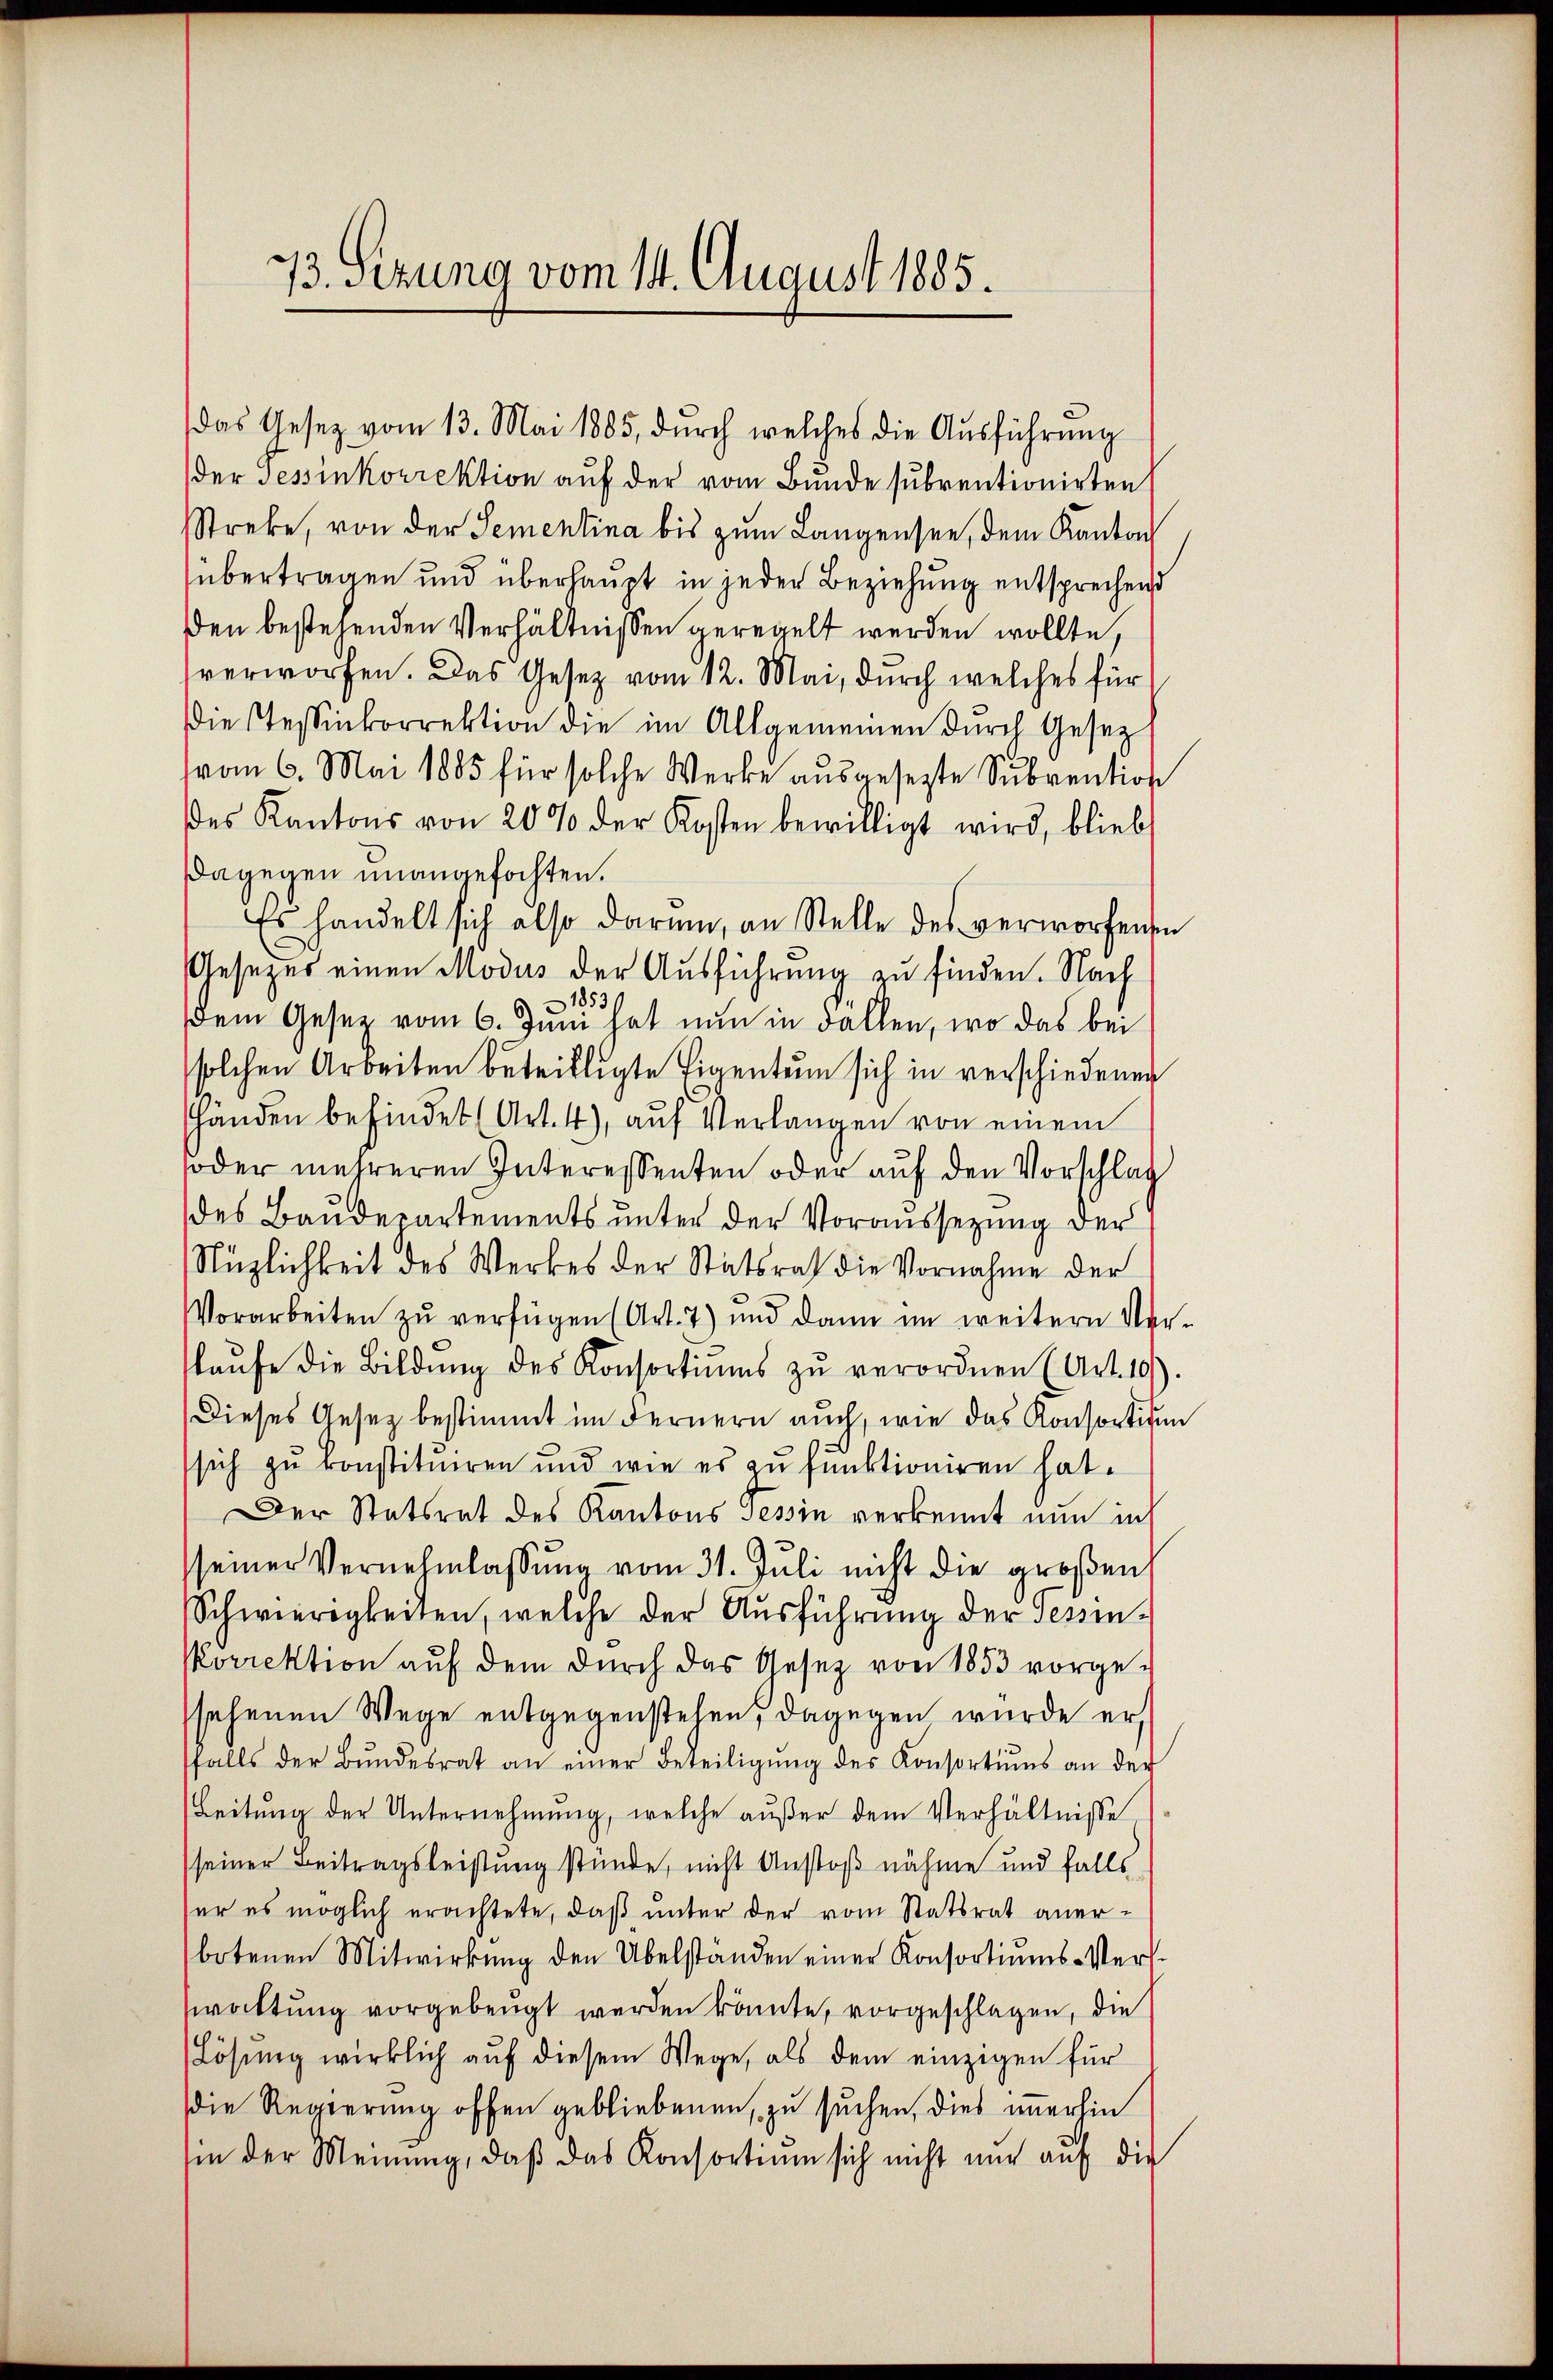
73. sezung vom 14. August 1885.

Das Gesetz vom 13. Mai 1885, durch welches die Aŭsführung
der Tessinkorrektion auf der vom Bunde subventionirten
Streke, von der Sementina bis zum Langensee, dem Kanton
übertragen und überhaupt in jeder Beziehung entsprechend
Den bestehenden Verhältnissen geregelt werden wollte,
verworfen. Das Gesetz vom 12. Mai, durch welches für
Diesessinkorrektion die im Allgemeinen durch Gesez
vom 6. Mai 1885 für solche Werke ausgesezte Subvention
des Kantons von 20% der Kosten bewilligt wird, blieb
Dagegen unangefochten.
Es handelt sich also darum, an Stelle des verworfenen
Aesezer einen Modus der Ausführung zu finden. Nach
1853.
dem Gesetz vom 6. Juni hat nun in Fallen, wo das bei
solchen Arbeiten beteilligte Eigentum sich in verschiedenen
Händen befindet (Art. 4), aŭf Verlangen von einem
oder mehreren Interessenten oder auf den Vorschlag
des Baudepartements unter der Voraussezung der
Nüzlichkeit des Werkes der Stätsrat die Vornahme der
Vorarbeiten zŭ verfügen (Art. 7) und dann im weitere Ver-
laŭfe die Bildŭng des Konsortiums zŭ verordnen (Art. 10).
Dieses Gesetz bestimmt im Fernern auch, wie das Konsortigun
sich zu konstituiren und wie es zu funktioniren hat.
Der Statsrat des Kantons Tessin verkennt nun in
seiner Vernehmlassŭng vom 31. Juli nicht die großen
Schwierigkeiten, welche der Ausführung der Tessin-
korrektion auf dem durch das Gesetz von 1853 vorge-
sehenen Wege entgegenstehen, dagegen wurde erfalls der Bŭndesrat an einer Beteiligŭng des Konsortŭms an der
Leitŭng der Unternehmung, welche aŭβer dem Verhältnisse
seiner Beitragsleistung stunde, nicht Anstoß nähme und falls
er es möglich erachtete, daβ ŭnter der vom Statsrat aner-
botenen Mitwirkung den Übelständen einer Konsortiums-Verswaltung vorgebeugt werden könnte, vorgeschlagen, die
Lösung wirklich auf diesem Wege, als dem einzigen für
die Regierung offen gebliebenen, zu suchen, dies imerhin
in der Meinung, daß das Konsortium sich nicht mich auf die